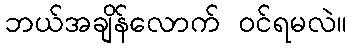
ဘယ်အချိန်လောက် ဝင်ရမလဲ။